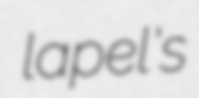
lapel's